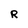
Character: R